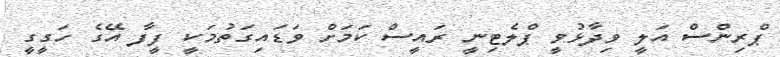
ޕްރިންސް އަލީ ވިދާޅުވީ ޕްލެޓިނީ ރައީސް ކަމަށް ވަޑައިގަތުމަކީ ފީފާ އޭގެ ހަގީގީ